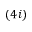
( 4 i )